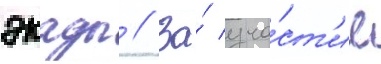
экады // За́ уча́ст'ие